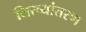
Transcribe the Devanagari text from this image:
लिख्यांतरण